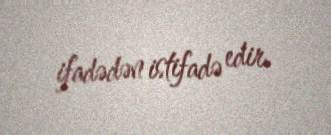
ifadədən istifadə edir.